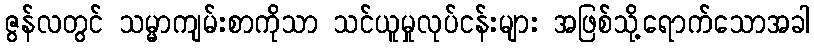
ဇွန်လတွင် သမ္မာကျမ်းစာကိုသာ သင်ယူမှုလုပ်ငန်းများ အဖြစ်သို့ရောက်သောအခါ